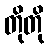
တိုတို